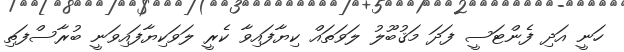
ހަނީ އަދި ފެންޓަސީ ފަދަ މަޤުބޫލު ލަވަތައް ކިޔާފައިވާ ކެރީ ލަވަކިޔާފައިވަނީ ބުރާސްފަތި